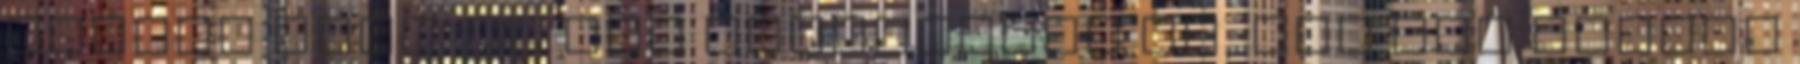
tudott élni. Mi még emlékszünk rá, bár nem éltünk